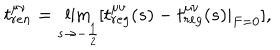
t _ { r e n } ^ { \mu \nu } = \lim _ { s \rightarrow - \frac 1 2 } [ t _ { r e g } ^ { \mu \nu } ( s ) - t _ { r e g } ^ { \mu \nu } ( s ) | _ { F = 0 } ] ,